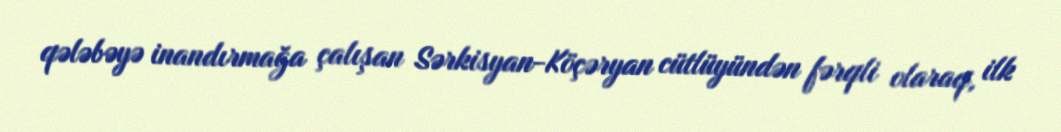
qələbəyə inandırmağa çalışan Sərkisyan-Köçəryan cütlüyündən fərqli olaraq, ilk